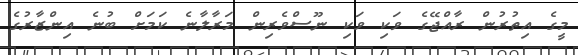
މީގެ އިތުރުން ރާއްޖޭގެ ވަކި ވަކި ނޫސްވެރިން މަރާލާނެ ކަމަށް ބުނެ އިންޒާރުގެ